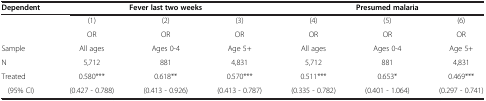
<table><thead><tr><td><b>Dependent</b></td><td colspan="3"><b>Fever last two weeks</b></td><td colspan="3"><b>Presumed malaria</b></td></tr></thead><tbody><tr><td> </td><td>(1)</td><td>(2)</td><td>(3)</td><td>(4)</td><td>(5)</td><td>(6)</td></tr><tr><td> </td><td>OR</td><td>OR</td><td>OR</td><td>OR</td><td>OR</td><td>OR</td></tr><tr><td>Sample</td><td>All ages</td><td>Ages 0-4</td><td>Age 5+</td><td>All ages</td><td>Ages 0-4</td><td>Age 5+</td></tr><tr><td>N</td><td>5,712</td><td>881</td><td>4,831</td><td>5,712</td><td>881</td><td>4,831</td></tr><tr><td>Treated</td><td>0.580***</td><td>0.618**</td><td>0.570***</td><td>0.511***</td><td>0.653*</td><td>0.469***</td></tr><tr><td>(95% CI)</td><td>(0.427 - 0.788)</td><td>(0.413 - 0.926)</td><td>(0.413 - 0.787)</td><td>(0.335 - 0.782)</td><td>(0.401 - 1.064)</td><td>(0.297 - 0.741)</td></tr></tbody></table>